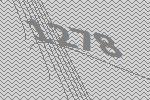
1278